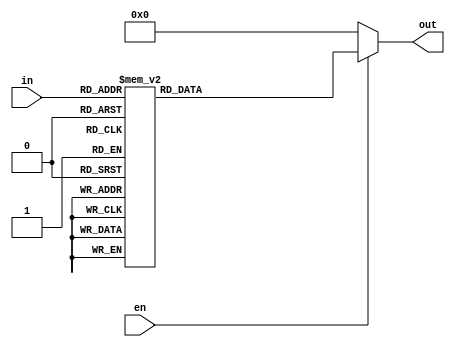
module decoder410(

	input [3:0]in,
	input en,
	
	output reg[9:0]out
	);
	
always@(*)
	begin
	
		if(!en)
			begin
			out = 0;
			end
			
		else begin
			case(in)
			
			4'b0000: out = 10'b00000_00001;
			4'b0001: out = 10'b00000_00010;
			4'b0010: out = 10'b00000_00100;
			4'b0011: out = 10'b00000_01000;
			4'b0100: out = 10'b00000_10000;
			
			4'b0101: out = 10'b00001_00000;
			4'b0110: out = 10'b00010_00000;
			4'b0111: out = 10'b00100_00000;
			4'b1000: out = 10'b01000_00000;
			4'b1001: out = 10'b10000_00000;
			
			default:out = 10'bxxxxx_xxxxx;
		
		endcase
	end
end
	
endmodule
	
///////////////_TB_////////////////
module tb();
reg en = 1;
reg [3:0]in;wire [9:0]out;

decoder410 decoder410(
	.en(en),
	.in(in),
	.out(out)
);

initial begin

in = 4'b0000; #50;
in = 4'b0001; #50;
in = 4'b0010; #50;
in = 4'b0011; #50;
in = 4'b0100; #50;

in = 4'b0101; #50;
in = 4'b0110; #50;
in = 4'b0111; #50;
in = 4'b1000; #50;
in = 4'b1001; #50;

en = 0;
in = 6'b001_011;
#50;
end
endmodule